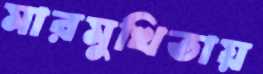
মারমুখিতায়